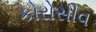
કોરોસીવ